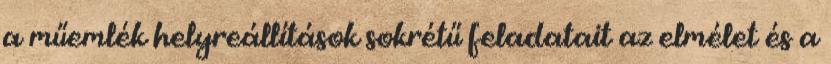
a műemlék helyreállítások sokrétű feladatait az elmélet és a